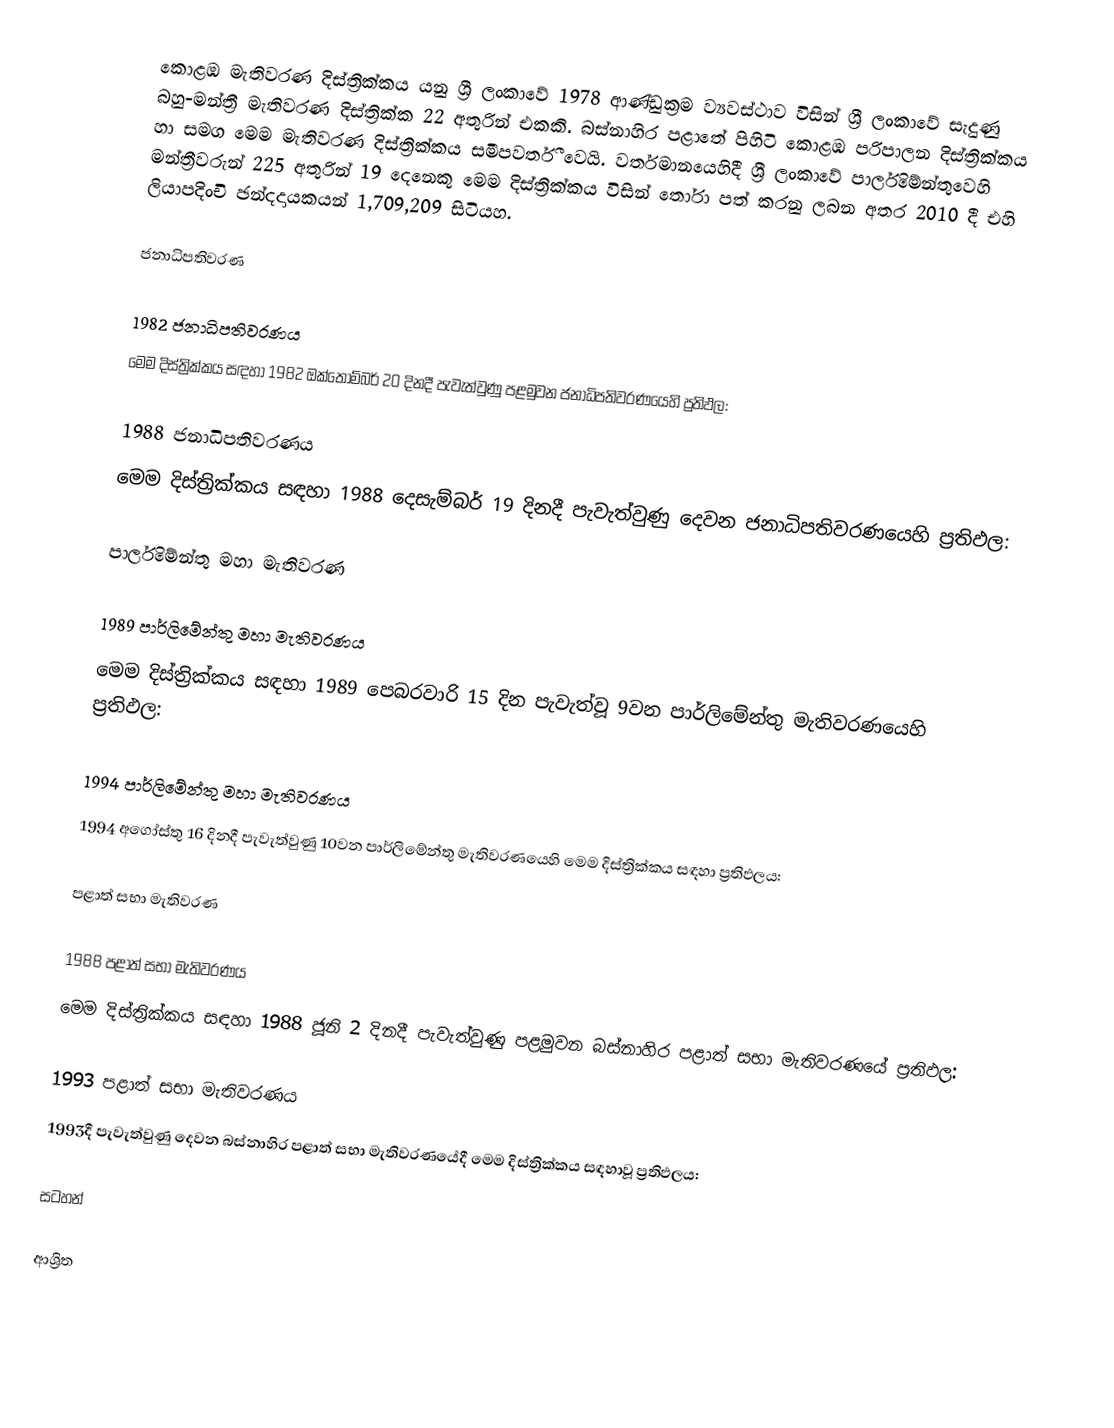
කොළඹ මැතිවරණ දිස්ත්‍රික්කය යනු ශ්‍රී ලංකාවේ 1978 ආණ්ඩුක්‍රම ව්‍යවස්ථාව විසින් ශ්‍රී ලංකාවේ සැදුණු  බහු-මන්ත්‍රී මැතිවරණ දිස්ත්‍රික්ක 22 අතුරින් එකකි. බස්නාහිර පළාතේ පිහිටි  කොළඹ පරිපාලන දිස්ත්‍රික්කය හා සමග මෙම මැතිවරණ දිස්ත්‍රික්කය සමීපවර්තී වෙයි. වර්තමානයෙහිදී  ශ්‍රී ලංකාවේ පාර්ලිමේන්තුවෙහි මන්ත්‍රීවරුන් 225 අතුරින් 19 දෙනෙකු මෙම දිස්ත්‍රික්කය විසින් තෝරා පත් කරනු ලබන අතර 2010 දී එහි ලියාපදිංචි ඡන්දදායකයන් 1,709,209 සිටියහ.

ජනාධිපතිවරණ

1982 ජනාධිපතිවරණය
මෙම දිස්ත්‍රික්කය සඳහා 1982 ඔක්තොම්බර් 20 දිනදී පැවැත්වුණු පළමුවන ජනාධිපතිවරණයෙහි ප්‍රතිඵල:

1988 ජනාධිපතිවරණය
මෙම දිස්ත්‍රික්කය සඳහා 1988 දෙසැම්බර් 19 දිනදී පැවැත්වුණු දෙවන ජනාධිපතිවරණයෙහි ප්‍රතිඵල:

පාර්ලිමේන්තු මහා මැතිවරණ

1989 පාර්ලිමේන්තු මහා මැතිවරණය
මෙම දිස්ත්‍රික්කය සඳහා 1989 පෙබරවාරි 15 දින පැවැත්වූ 9වන පාර්ලිමේන්තු මැතිවරණයෙහි ප්‍රතිඵල:

1994 පාර්ලිමේන්තු මහා මැතිවරණය
1994 අගෝස්තු 16 දිනදී පැවැත්වුණු 10වන පාර්ලිමේන්තු මැතිවරණයෙහි මෙම දිස්ත්‍රික්කය සඳහා ප්‍රතිඵලය:

පළාත් සභා මැතිවරණ

1988 පළාත් සභා මැතිවරණය
මෙම දිස්ත්‍රික්කය සඳහා 1988 ජූනි 2 දිනදී පැවැත්වුණු පළමුවන බස්නාහිර පළාත් සභා මැතිවරණයේ ප්‍රතිඵල:

1993 පළාත් සභා මැතිවරණය
1993දී පැවැත්වුණු දෙවන බස්නාහිර පළාත් සභා මැතිවරණයේදී මෙම දිස්ත්‍රික්කය සඳහාවූ ප්‍රතිඵලය:

සටහන්

ආශ්‍රිත